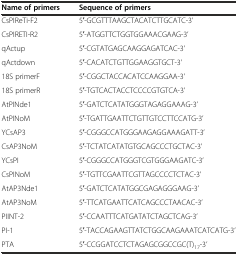
| Name of primers | Sequence of primers |
 | --- | --- |
 | CsPIReTi-F2 | 5′-GCGTTTAAGCTACATCTTGCATC-3’ |
 | CsPIRETI-R2 | 5′-ATGGTTCTGGTGGAAACGAAG-3’ |
 | qActup | 5′-CGTATGAGCAAGGAGATCAC-3’ |
 | qActdown | 5′-CACATCTGTTGGAAGGTGCT-3’ |
 | 18S primerF | 5′-CGGCTACCACATCCAAGGAA-3’ |
 | 18S primerR | 5′-TGTCACTACCTCCCCGTGTCA-3’ |
 | AtPINde1 | 5′-GATCTCATATGGGTAGAGGAAAG-3’ |
 | AtPINoM | 5′-TGATTGAATTCTGTTGTCCTTCCATG-3’ |
 | YCsAP3 | 5′-CGGGCCATGGGAAGAGGAAAGATT-3’ |
 | CsAP3NoM | 5′-TCTATCATATGTGCAGCCCTGCTAC-3’ |
 | YCsPI | 5′-CGGGCCATGGGTCGTGGGAAGATC-3’ |
 | CsPINoM | 5′-TGTTCGAATTCGTTAGCCCCTCTAC-3’ |
 | AtAP3Nde1 | 5′-GATCTCATATGGCGAGAGGGAAG-3’ |
 | AtAP3NoM | 5′-TTCATGAATTCATCAGCCCTAACAC-3’ |
 | PIINT-2 | 5′-CCAATTTCATGATATCTAGCTCAG-3’ |
 | PI-1 | 5′-TACCAGAAGTTATCTGGCAAGAAATCATCATG-3’ |
 | PTA | 5′-CCGGATCCTCTAGAGCGGCCGC(T)17-3’ |